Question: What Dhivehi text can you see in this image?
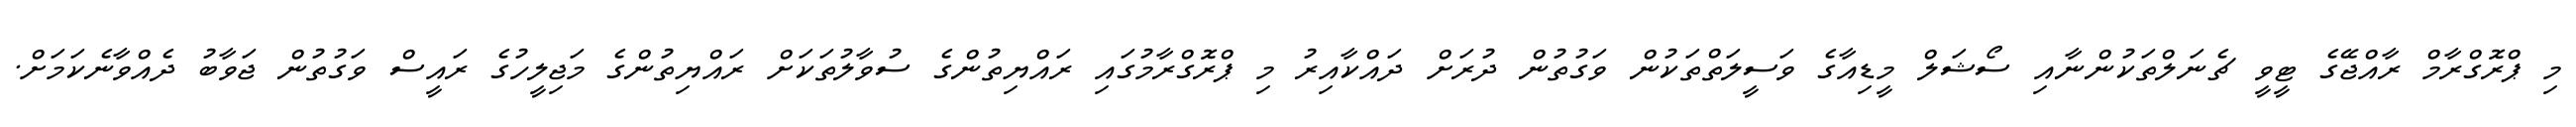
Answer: މި ޕްރޮގްރާމް ރާއްޖޭގެ ޓީވީ ޗެނަލްތަކުންނާއި ސޯޝަލް މީޑިއާގެ ވަސީލަތްތަކުން ވަގުތުން ދުރަށް ދައްކާއިރު މި ޕްރޮގްރާމުގައި ރައްޔިތުންގެ ސުވާލުތަކަށް ރައްޔިތުންގެ މަޖިލީހުގެ ރައީސް ވަގުތުން ޖަވާބު ދެއްވާނެކަމަށް.